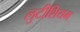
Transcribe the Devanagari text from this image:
लुटीशियम